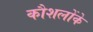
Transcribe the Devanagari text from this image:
कौशलोंके